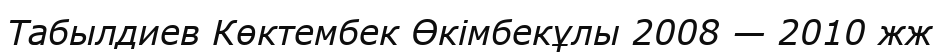
Табылдиев Көктембек Өкімбекұлы 2008 — 2010 жж